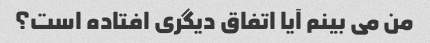
من می بینم آیا اتفاق دیگری افتاده است؟